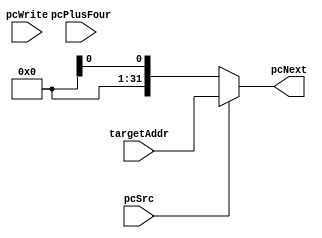
module pc_selector(
    input [31:0] pcPlusFour, targetAddr,  //pcPlusFour: PC + 4, targetAddr: Branch܂Jump̃AhX
    input pcWrite,
    input pcSrc,  //pcSrc: 0: pcPlusFour, 1:targetAddr
    output [31:0] pcNext
);


assign pcNext = (pcSrc == 1'b0) ? pcPlusFourReg : targetAddr;
endmodule